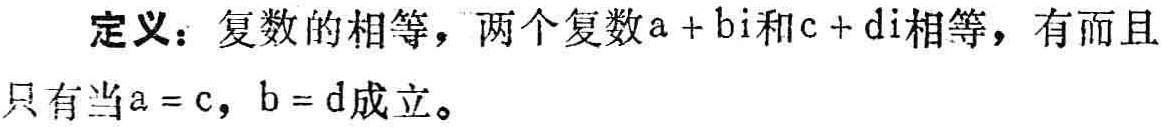
定义：复数的相等，两个复数\(a + bi\)和\(c + di\)相等，有而且只有当\(a = c\)，\(b = d\)成立。